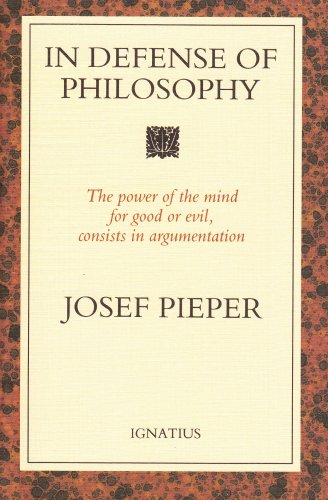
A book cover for In Defense of Philosophy; Josef Pieper; Politics & Social Sciences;